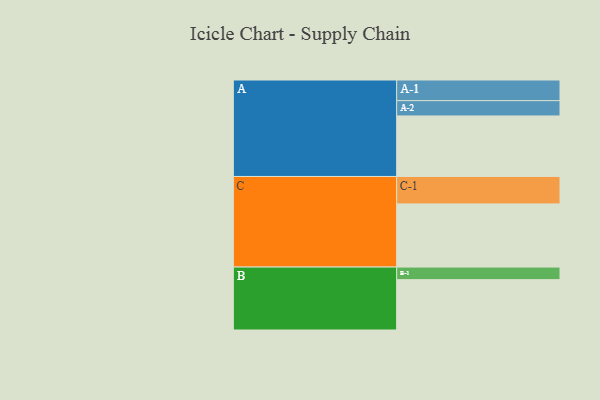
{"axis": {"x": "Segment", "y": "Value"}, "legend": ["", "A", "B", "C"], "data": [{"x": "A", "y": 525, "type": ""}, {"x": "B", "y": 437, "type": ""}, {"x": "C", "y": 548, "type": ""}, {"x": "A-1", "y": 179, "type": "A"}, {"x": "A-2", "y": 133, "type": "A"}, {"x": "B-1", "y": 109, "type": "B"}, {"x": "C-1", "y": 238, "type": "C"}]}